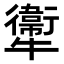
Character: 𤜂